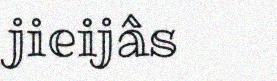
jieijâs